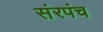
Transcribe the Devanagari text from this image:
संरपंच